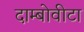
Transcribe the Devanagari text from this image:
दाम्बोवीटा